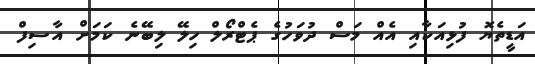
އަޑީތެޔޮ ފުޅިއަކާއި އެއް މަސް ދުވަހުގެ ޕެޓްރޯލް ހިލޭ ލިބޭނެ ކަމަށް އާސިފް